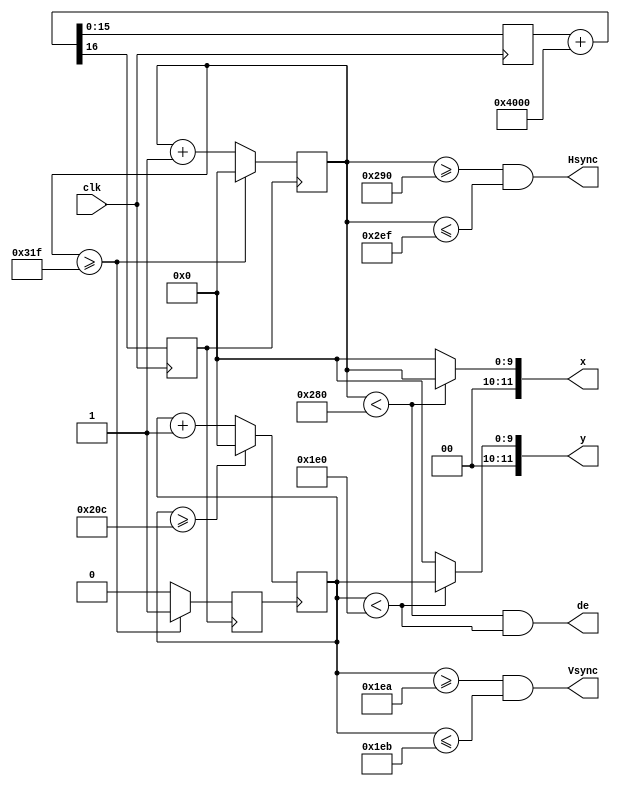
`timescale 1ns / 1ns
//////////////////////////////////////////////////////////////////////////////////
// Company: 
// Engineer: 
// 
// Design Name: 
// Module Name: vga
// Project Name: 
// Target Devices: 
// Tool Versions: 
// Description: 
// 
// Dependencies: 
// 
// Revision:
// Revision 0.01 - File Created
// Additional Comments:
// 
//////////////////////////////////////////////////////////////////////////////////

module vga(
    input clk,
    output Hsync, Vsync,
    output [11:0] x, y,
    output de
    );
    
    // clock divider from 100 MHz to 25 MHz    
    reg [15:0] cnt;
    reg pix_stb; 
    always @(posedge clk)
        {pix_stb, cnt} <= cnt + 16'h4000;  // divide by 4: (2^16)/4 = 0x4000

    parameter WIDTH = 640;
    parameter HEIGHT = 480;
    parameter H_FP = 16, H_SYNC = 96, H_BP = 48;
    parameter V_FP = 10, V_SYNC = 2, V_BP = 33;
    parameter H_TOTAL = 800 - 1;
    parameter V_TOTAL = 525 - 1;

    parameter HS_START = WIDTH + H_FP;
    parameter HS_END = WIDTH + H_FP + H_SYNC - 1;
    parameter VS_START = HEIGHT + V_FP;
    parameter VS_END = HEIGHT + V_FP + V_SYNC - 1;
    
    reg line_clk = 0;
    reg [9:0] h_val = 0, v_val = 0;
    
    assign x = (h_val < WIDTH) ? h_val : 0;
    assign y = (v_val < HEIGHT) ? v_val : 0;
    assign Hsync = (h_val >= HS_START) && (h_val <= HS_END);
    assign Vsync = (v_val >= VS_START) && (v_val <= VS_END);

    // HSYNC
    always @(posedge pix_stb)
    begin
        if (h_val >= H_TOTAL) begin h_val = 0; line_clk = 1; end
        else begin h_val = h_val + 1; line_clk = 0; end
    end
    
    // VSYNC
    always @(posedge line_clk)
    begin
        if (v_val >= V_TOTAL) v_val = 0;
        else v_val = v_val + 1;
    end
    
    // DISPLAY ENABLE
    assign de = (h_val < WIDTH) && (v_val < HEIGHT);
    
endmodule